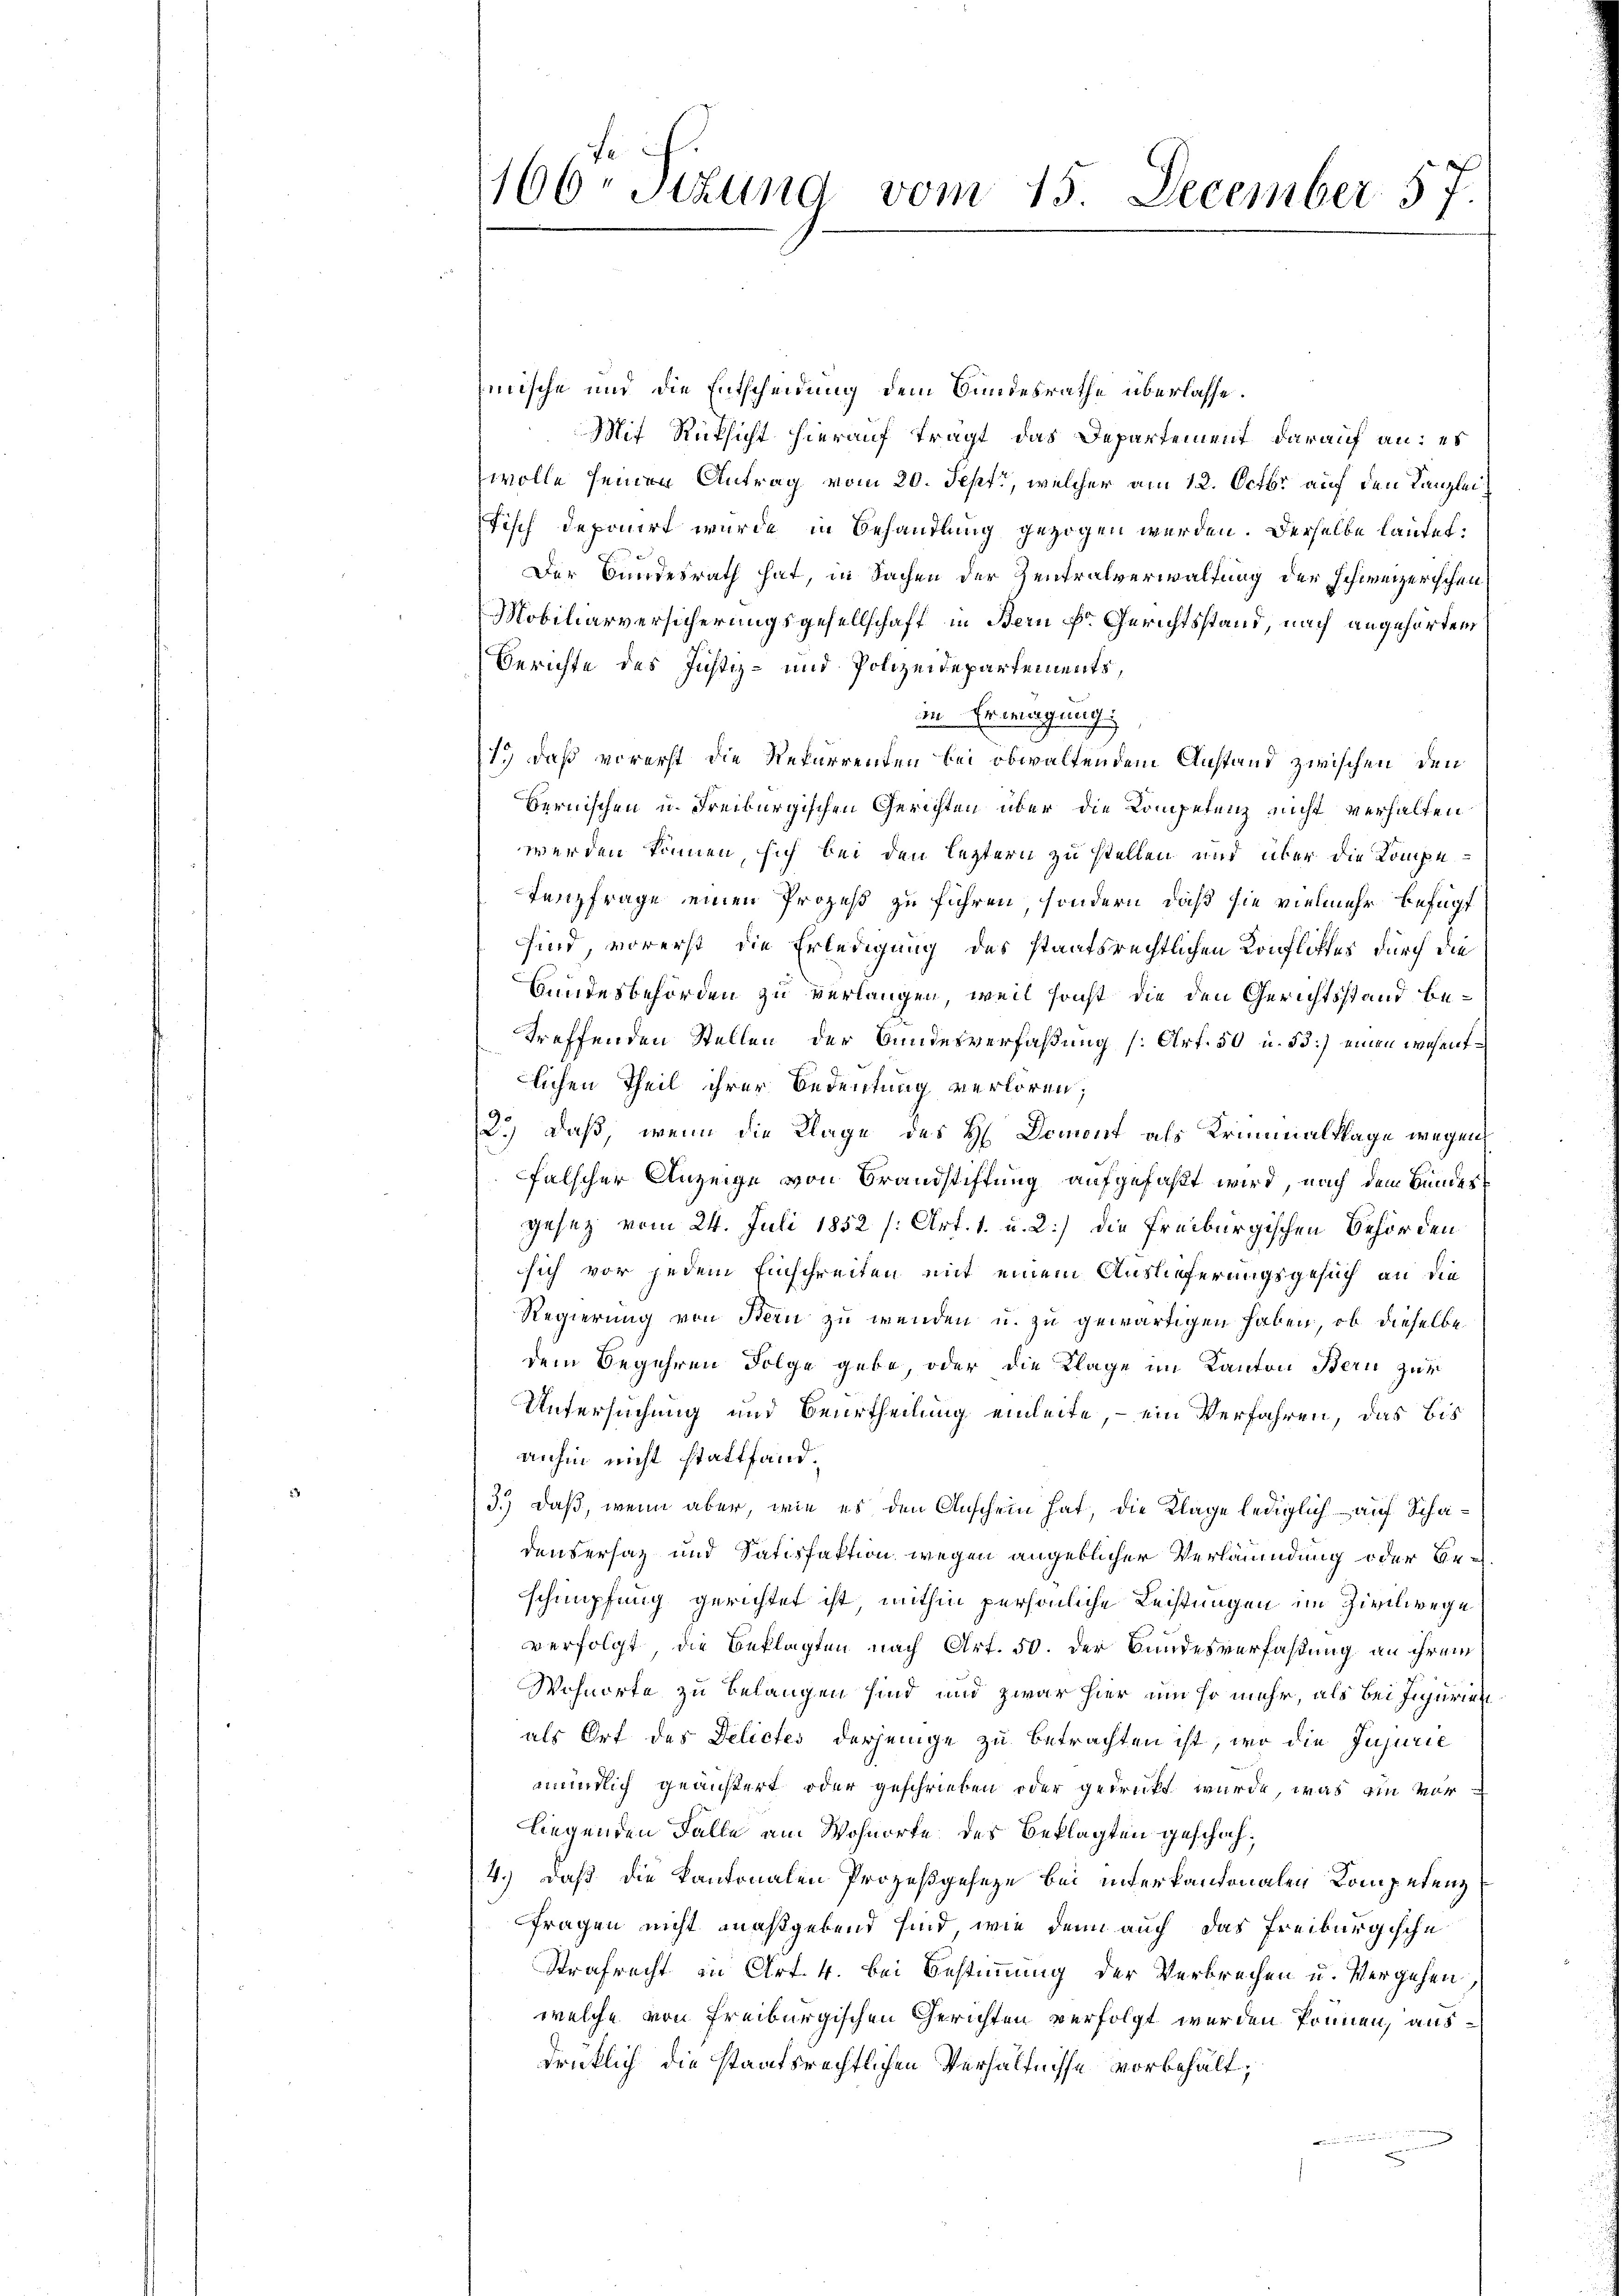
166. Sizung vom 15. December 57.

mische und die Entscheidung dem Bundesrathe überlasse.
Mit Rüksicht hierauf tragt das Departement darauf an: es
wolle seinen Antrag vom 20. Sept, welcher am 12. Octbr. auf den Kanzlei
Tisch deponirt wurde in Behandlung gezogen werden. Derselbe lautet:
Der Bundesrath hat, in Sachen der Zentralverwaltung der schweizerischen
Mobiliarversicherungsgesellschaft in Bern Fr. Gerichtsstand, nach angehörten
Berichte des Justiz- und Polizeidepartements,
in Erwägung
1.) Daß vorerst die Rekurrenten bei obwaltendem Anstand zwischen den
bernischen u. Freiburgischen Gerichten über die Kompetenz nicht verhalten
werden können, sich bei den letztern zu stellen und über die Kompe¬
Tenzfrage einen Prozeß zu führen, sondern, daß sie vielmehr befugt
sind, vorerst die Erledigung des staatsrechtlichen Konfliktes durch die
Bundesbehörden zu verlangen, weil sonst die den Gerichtsstand betreffenden Stellen der Bundesverfaßung [Art. 50 u. 53) einen wesentlichen Theil ihrer Bedeutung verloren;
2.) daß, wenn die Klage des H. Doment als Kriminalklage wegen
falscher Anzeige von Brandstiftung aufgefaßt wird, nach dem Bundes
gesetz vom 24. Juli 1852 (Art. 1. u. 2.) die Freiburgischen Behörden
sich vor jedem Einschreiten mit einem Auslieferungsgesuch an die
Regierung von Bern zu wenden u. zu gewärtigen haben, ob dieselbe
dem Begehren Folge gebe, oder die Klage im Kanton Bern zur
Untersuchung und Beurtheilung einleite, - ein Verfahren, das bis
anhin nicht stattfand.
3.) Daß, wenn aber, wie es den Anschein hat, die Klage lediglich auf Schadensersatz und Satisfaktion wegen angeblicher Verläumdung oder Beschnüpfung gerichtet ist, mithin persönliche Leistungen im Zivilwege
verfolgt, die Beklagten nach Art. 50. der Bundesverfaßung an ihrem
Wohnorte zu belangen sind und zwar hier um so mehr, als bei Injurien
als Ort des Delictes derjenige zu betrachten ist, wo die Injurie
amündlich geäußert oder geschrieben oder gedrückt wurde, was ein vorliegenden Falle am Wohnorte des Beklagten geschah,
4.) Daß die Kantonalen Prozeßgeseze bei interkantonalen Kompetenz
fragen nicht maßgebend sind, wie denn auch das Freiburgische
Strafrecht in Art. 4. bei Bestimmung der Verbrechen u. Vergehen,
welche von Freiburgischen Gerichten verfolgt werden können, ausdrücklich die staatsrechtlichen Verhältnisse vorbehält,